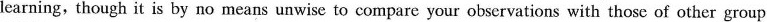
learning, though it is by no means unwise to compare your observations with those of other group